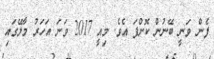
ފެން ވަނީ ބޭނުން ކޮށްފަ އެވެ. މިއީ 2017 ވަނަ އަހަރު މާލޭގައި